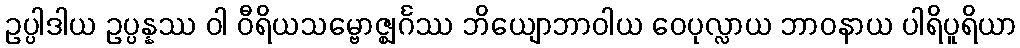
ဥပ္ပါဒါယ ဥပ္ပန္နဿ ဝါ ဝီရိယသမ္ဗောဇ္ဈင်္ဂဿ ဘိယျောဘာဝါယ ဝေပုလ္လာယ ဘာဝနာယ ပါရိပူရိယာ